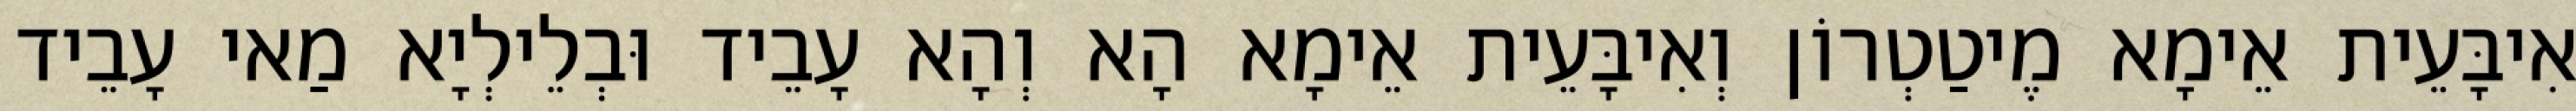
אִיבָּעֵית אֵימָא מֶיטַטְרוֹן וְאִיבָּעֵית אֵימָא הָא וְהָא עָבֵיד וּבְלֵילְיָא מַאי עָבֵיד